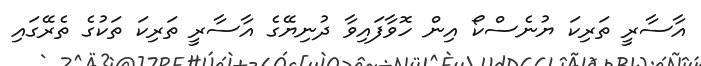
އާސާރީ ތަރިކަ ޔުނެސްކޯ އިން ހޮވާފައިވާ ދުނިޔޭގެ އާސާރީ ތަރިކަ ތަކުގެ ތެރޭގައި